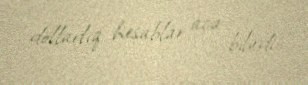
dollarlıq hesablar aça bilirdi.